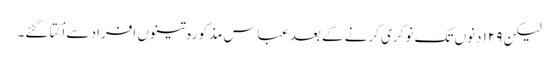
لیکن ۱۲۹ دنوں تک نوکری کرنے کے بعد عباس مذکورہ تینوں افراد سے اُکتا گئے۔